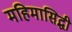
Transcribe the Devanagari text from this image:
महिमासिद्धी